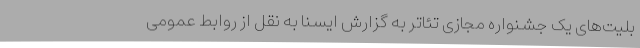
بلیت‌های یک جشنواره مجازی تئاتر به گزارش ایسنا به نقل از روابط عمومی